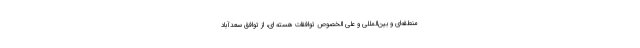
منطقه‌ای و بین‌المللی و علی الخصوص توافقات هسته ای، از توافق سعدآباد